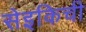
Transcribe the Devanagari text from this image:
सेइकिची